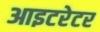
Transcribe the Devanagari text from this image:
आइटरेटर